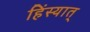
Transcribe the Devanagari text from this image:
हिंस्यात्‌